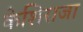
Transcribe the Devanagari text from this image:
केशिराजा